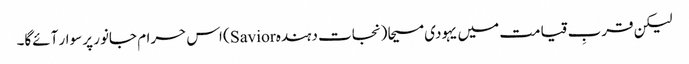
لیکن قربِ قیامت میں یہودی مسیحا (نجات دہندہ Savior) اس حرام جانور پر سوار آئےگا۔